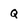
Character: q